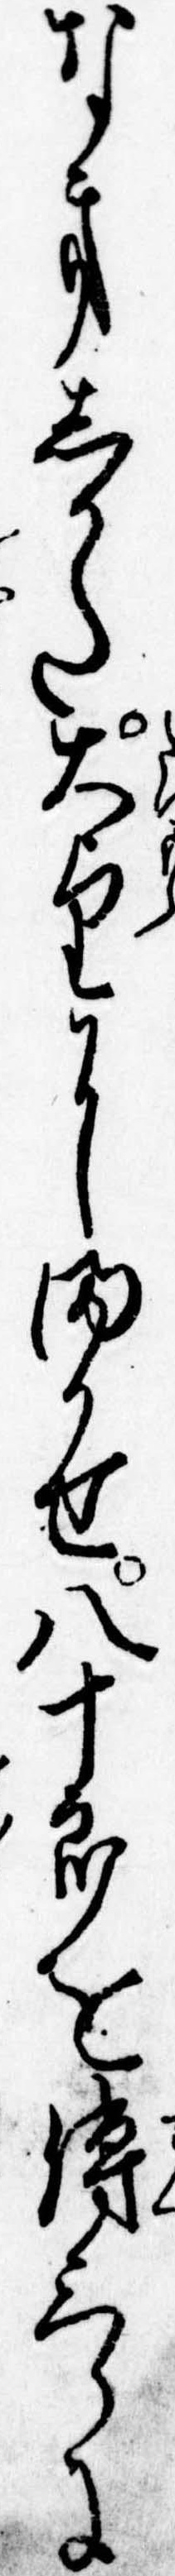
なきしかた大望にまかせ八十郎を伝三郎に